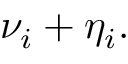
\nu _ { i } + \eta _ { i } .